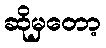
ဆိုမှတော့